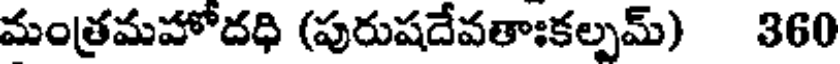
మంత్రమహోదధి (పురుషదేవతాఃకల్పమ్) 360